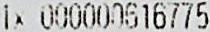
1X 000000616775